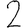
Digit: 2